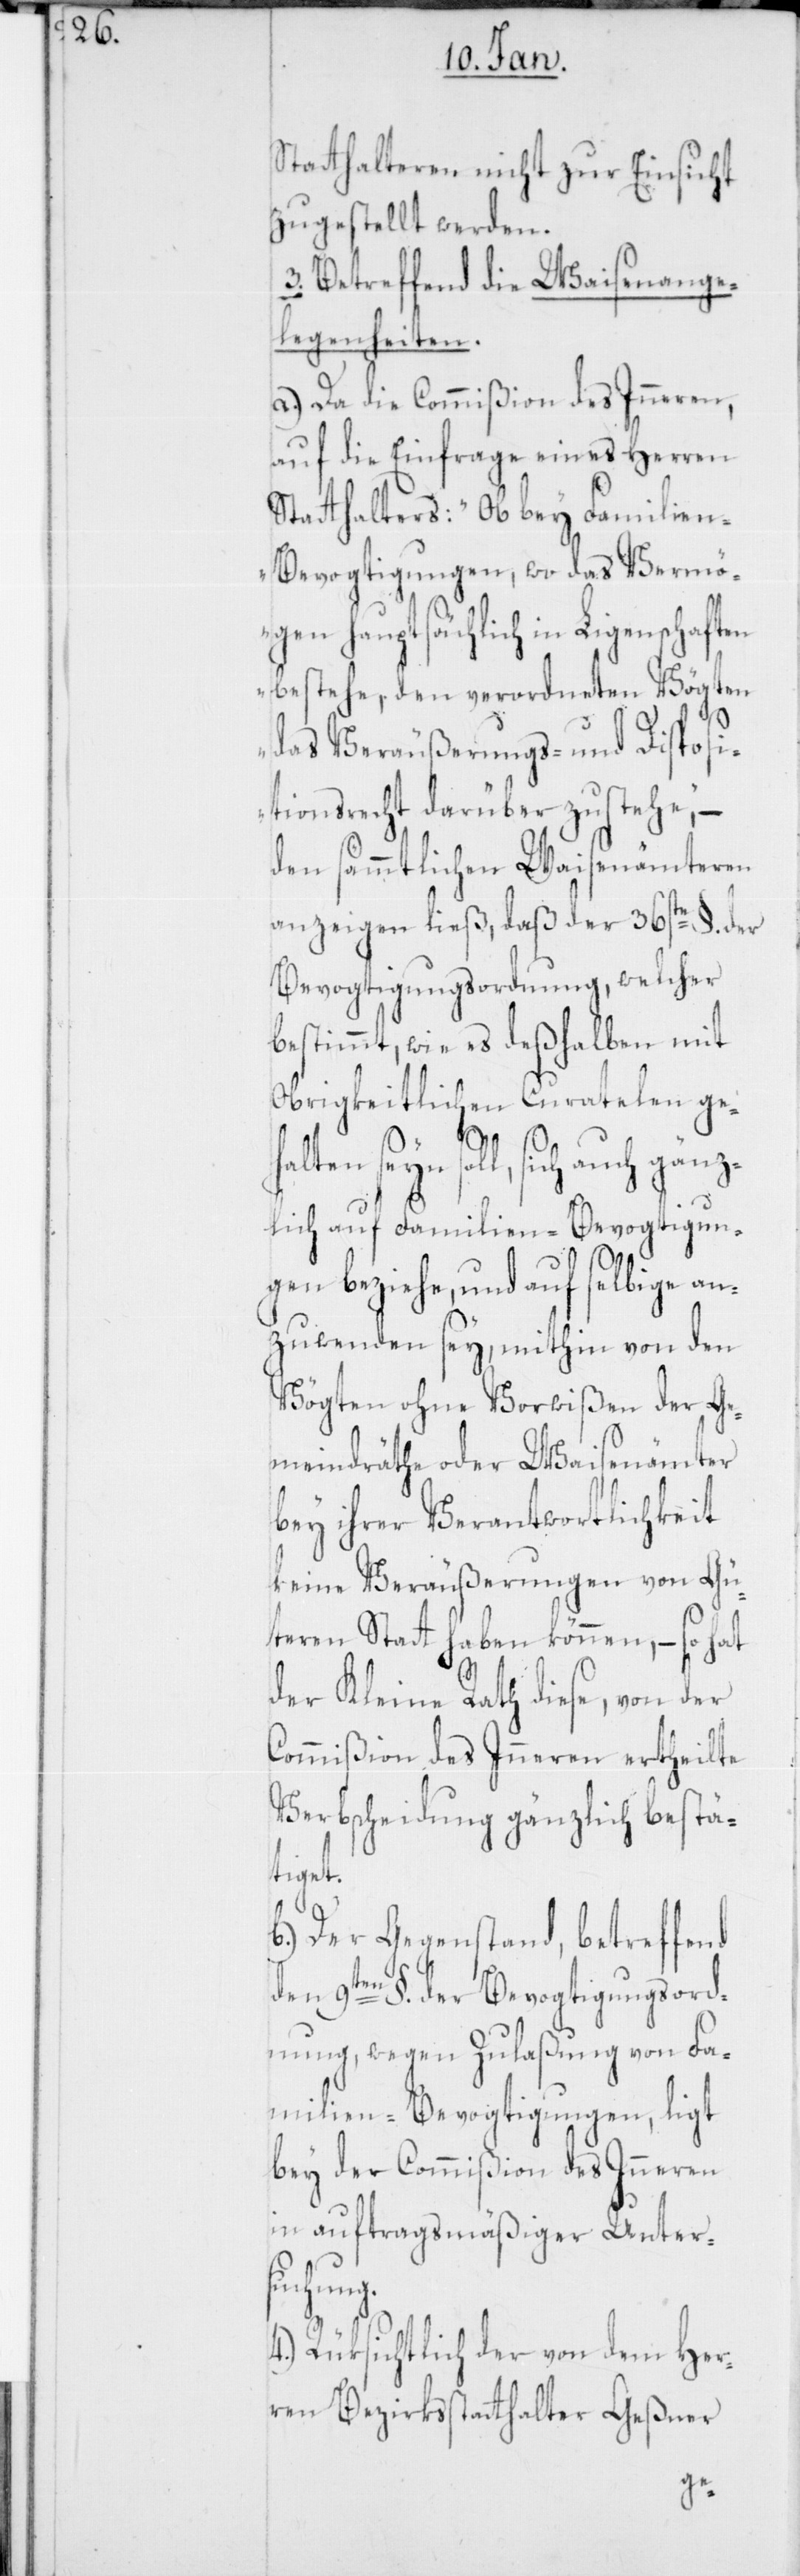
Statthalteren nicht zur Einsicht
zugestellt werden.
3. Betreffend die Waisenange¬
legenheiten.
a.) Da die Commißion des Inneren,
auf die Einfrage eines Herren
Statthalters: „Ob bey Familie¬
n-Bevogtigungen, wo das Vermö¬
gen hauptsächlich in Ligenschaften
bestehe, den verordneten Vögten
das Veräußerungs- und Disposi¬
tionsrecht darüber zustehe“, –
den sämmtlichen Waisenämteren
anzeigen ließ, daß der 36ste §. der
Bevogtigungsordnung, welcher
bestimmt, wie es deßhalben mit
obrigkeitlichen Curatelen ge¬
halten seyn soll, sich auch
lich auf Familien-Bevogtigun¬
gen beziehe, und auf selbige an¬
zuwenden sey, mithin von den
Vögten ohne Vorwißen der Ge¬
meindräthe oder Waisenämter
bey ihrer Verantwortlichkeit
keine Veräußerungen von Gü¬
teren Statt haben können, – so hat
der Kleine Rath diese, von der
Commißion des Inneren ertheilte
Verbscheidung gänzlich bestä¬
tiget.
Der Gegenstand, betreffend
den 9ten §. der Bevogtigungsord¬
nung, wegen Zulaßung von Fa¬
milien-Bevogtigungen, ligt
bey der Commißion des Inneren
in auftragsmäßiger Unter¬
suchung.
4. Rüksichtlich der von dem Her¬
ren Bezirksstatthalter Geßner
z¬